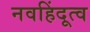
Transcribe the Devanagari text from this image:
नवहिंदूत्व